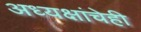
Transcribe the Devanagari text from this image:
अध्यक्षांचेही